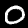
Label: 0